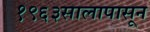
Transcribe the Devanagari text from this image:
१९६३सालापासून